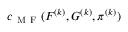
c _ { \mathrm { ~ M ~ F ~ } } ( F ^ { ( k ) } , G ^ { ( k ) } , \pi ^ { ( k ) } )